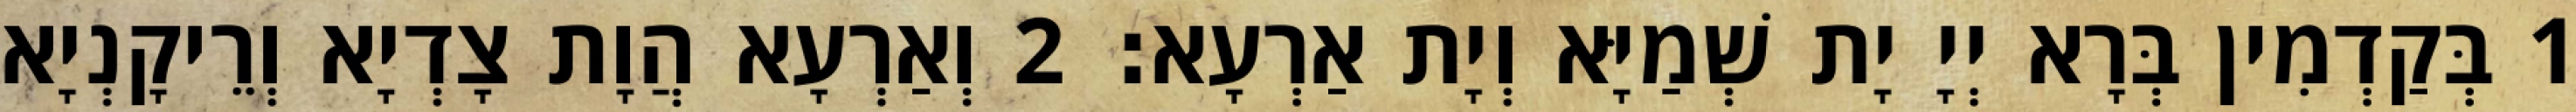
1 בְּקַדְמִין בְּרָא יְיָ יָת שְׁמַיָּא וְיָת אַרְעָא׃ 2 וְאַרְעָא הֲוָת צָדְיָא וְרֵיקָנְיָא